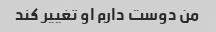
من دوست دارم او تغییر کند